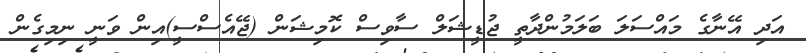
އަދި އޭނާގެ މައްސަލަ ބަލަމުންދާތީ ޖުޑީޝަލް ސާވިސް ކޮމިޝަން (ޖޭއެސްސީ)އިން ވަނީ ނިމިގެން